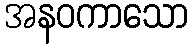
အနဝကာသော